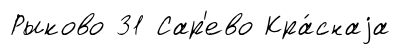
Рыково 31 Сар'ево Кра́снаjа